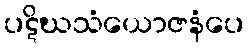
ပဋိဃသံယောဇနံပေ